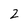
Character: z